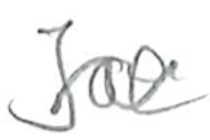
Text: Joe
Cross-out: wave
Writing tool: pencil